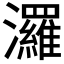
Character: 𤄷